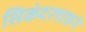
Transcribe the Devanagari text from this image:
सिकंदरशाहने